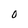
Character: O